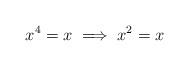
LaTeX: \begin{align*} x^4 = x\implies x^2 = x\end{align*}